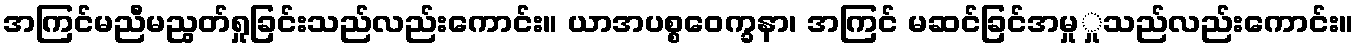
အကြင်မညီမညွတ်ရှုခြင်းသည်လည်းကောင်း။ ယာအပစ္စဝေက္ခနာ၊ အကြင် မဆင်ခြင်အမှုှုသည်လည်းကောင်း။